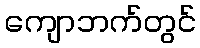
ကျောဘက်တွင်